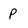
Character: P